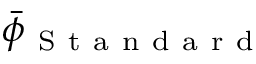
\bar { \phi } _ { \mathrm { ~ S ~ t ~ a ~ n ~ d ~ a ~ r ~ d ~ } }